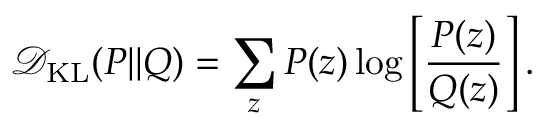
\mathcal { D } _ { \mathrm { K L } } ( P | | Q ) = \sum _ { z } P ( z ) \log \left[ \frac { P ( z ) } { Q ( z ) } \right] .